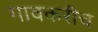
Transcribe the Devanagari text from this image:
गावकरीच